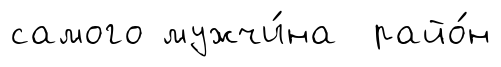
самого мужчи́на райо́н